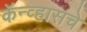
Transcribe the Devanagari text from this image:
कॅन्व्हासचे